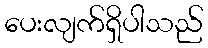
ပေးလျက်ရှိပါသည်